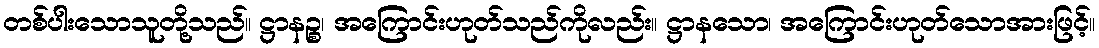
တစ်ပါးသောသူတို့သည်။ ဋ္ဌာနဉ္စ၊ အကြောင်းဟုတ်သည်ကိုလည်း။ ဋ္ဌာနသော၊ အကြောင်းဟုတ်သောအားဖြင့်။